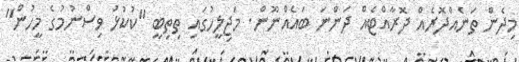
މިދެން ތަނެއްދޮރެއް ދޮރާއްޓެއް ދަންނަ ބައެއްނޫން. މަޖިލީހުގައި ތިތިބީ "ކުކުޅު ވިސްނުމުގެ މީހުން"